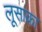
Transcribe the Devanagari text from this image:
लूसाका